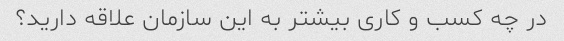
در چه کسب و کاری بیشتر به این سازمان علاقه دارید؟